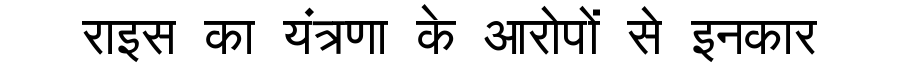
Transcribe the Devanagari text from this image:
राइस का यंत्रणा के आरोपों से इनकार